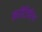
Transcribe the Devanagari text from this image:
करोटितीर्थ